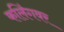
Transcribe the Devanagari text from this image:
कलिंगवर